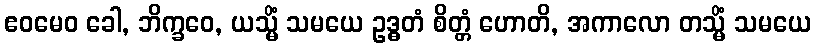
ဧဝမေဝ ခေါ, ဘိက္ခဝေ, ယသ္မိံ သမယေ ဥဒ္ဓတံ စိတ္တံ ဟောတိ, အကာလော တသ္မိံ သမယေ